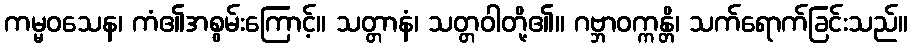
ကမ္မဝသေန၊ ကံ၏အစွမ်းကြောင့်။ သတ္တာနံ၊ သတ္တဝါတို့၏။ ဂဗ္ဘာဝက္ကန္တိ၊ သက်ရောက်ခြင်းသည်။